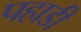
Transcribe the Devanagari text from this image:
पहाडी